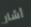
أشار